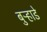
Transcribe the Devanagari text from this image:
बुऱ्हाडे